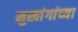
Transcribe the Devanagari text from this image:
मुखांगांच्या